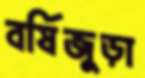
বর্ষিজুড়া